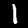
Label: 1